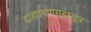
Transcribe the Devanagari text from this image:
द्राह्यायणगृह्यसूत्र